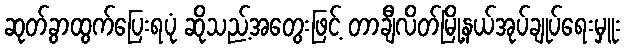
ဆုတ်ခွာထွက်ပြေးရပုံ ဆိုသည့်အတွေးဖြင့် တာချီလိတ်မြို့နယ်အုပ်ချုပ်ရေးမှူး